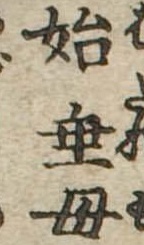
始垂母